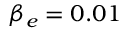
\beta _ { e } = 0 . 0 1